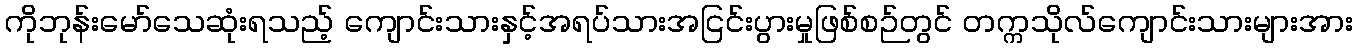
ကိုဘုန်းမော်သေဆုံးရသည့် ကျောင်းသားနှင့်အရပ်သားအငြင်းပွားမှုဖြစ်စဉ်တွင် တက္ကသိုလ်ကျောင်းသားများအား